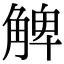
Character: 䚜